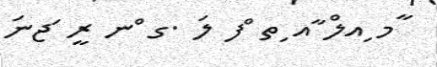
ާމ ިއލް ާއ ިތ ްފ ލަ .ގ ްނ ރީ ަޖނަ